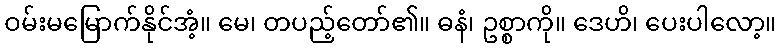
ဝမ်းမမြောက်နိုင်အံ့။ မေ၊ တပည့်တော်၏။ ဓနံ၊ ဥစ္စာကို။ ဒေဟိ၊ ပေးပါလော့။